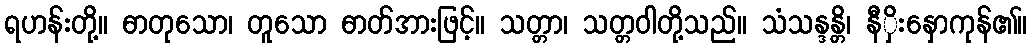
ရဟန်းတို့။ ဓာတုသော၊ တူသော ဓာတ်အားဖြင့်။ သတ္တာ၊ သတ္တဝါတို့သည်။ သံသန္ဒန္တိ၊ နီှိးနှောကုန်၏။